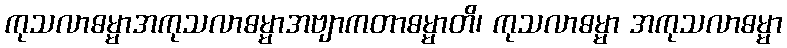
ကုသလာဓမ္မာအကုသလာဓမ္မာအဗျာကတာဓမ္မာတိ၊ ကုသလာဓမ္မာ အကုသလာဓမ္မာ